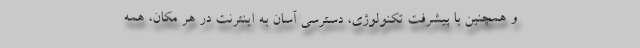
و همچنین با پیشرفت تکنولوژی، دسترسی آسان به اینترنت در هر مکان، همه